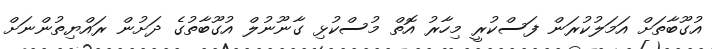
އުގޫބާތަށް އަމަލުކުރަން ފަސްކުރީ މިހާރު އޮތް މުސްކުޅި ގާނޫނުލް އުގޫބާތުގެ ދަށުން ރައްޔިތުންނަށް